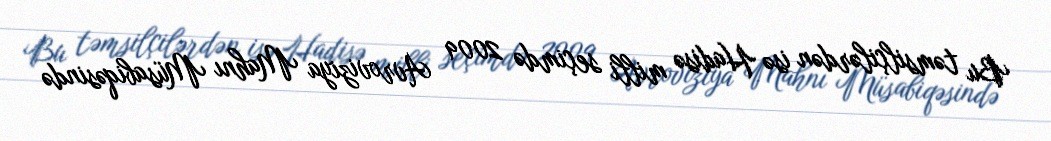
Bu təmsilçilərdən isə Hadisə milli seçimdə 2009 Avroviziya Mahnı Müsabiqəsində